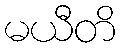
မယီတိ